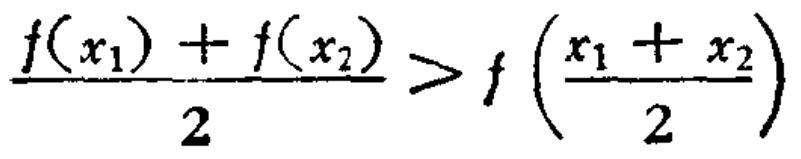
\frac{f(x_{1}) + f(x_{2})}{2} > f\left(\frac{x_{1} + x_{2}}{2}\right)